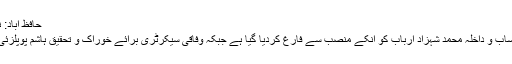
حافظ آباد: نہر پر لگے لاکھوں مالیت کے درخت جل کر خاکستر
مزید براں وزیراعظم کے معاون خصوصی برائے احتساب و داخلہ محمد شہزاد ارباب کو انکے منصب سے فارغ کردیا گیا ہے جبکہ وفاقی سیکرٹری برائے خوراک و تحقیق ہاشم پوپلزئی کو ہٹا کر انکی جگہ عمرحمید کو تعینات کیا گیا ہے۔